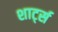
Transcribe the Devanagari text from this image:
शार्ट्स